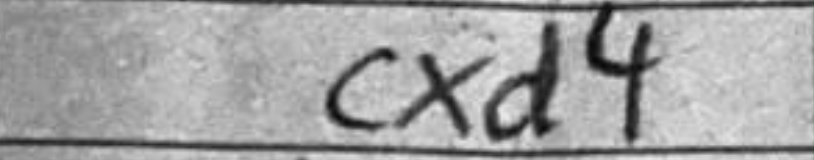
Transcription: cxd4